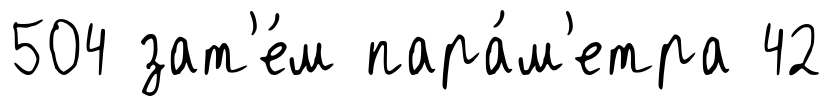
504 зат'е́м пара́м'етра 42